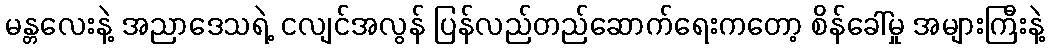
မန္တလေးနဲ့ အညာဒေသရဲ့ ငလျင်အလွန် ပြန်လည်တည်ဆောက်ရေးကတော့ စိန်ခေါ်မှု အများကြီးနဲ့